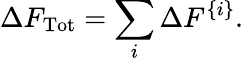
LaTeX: \Delta F_{\mathrm{Tot}}=\sum_{i}\Delta F^{\{ i\} }.